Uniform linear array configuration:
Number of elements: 12
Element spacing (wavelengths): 0.25
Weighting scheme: exponential
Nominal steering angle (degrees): -60
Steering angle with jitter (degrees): -61.728
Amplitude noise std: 0.05
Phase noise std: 0.05

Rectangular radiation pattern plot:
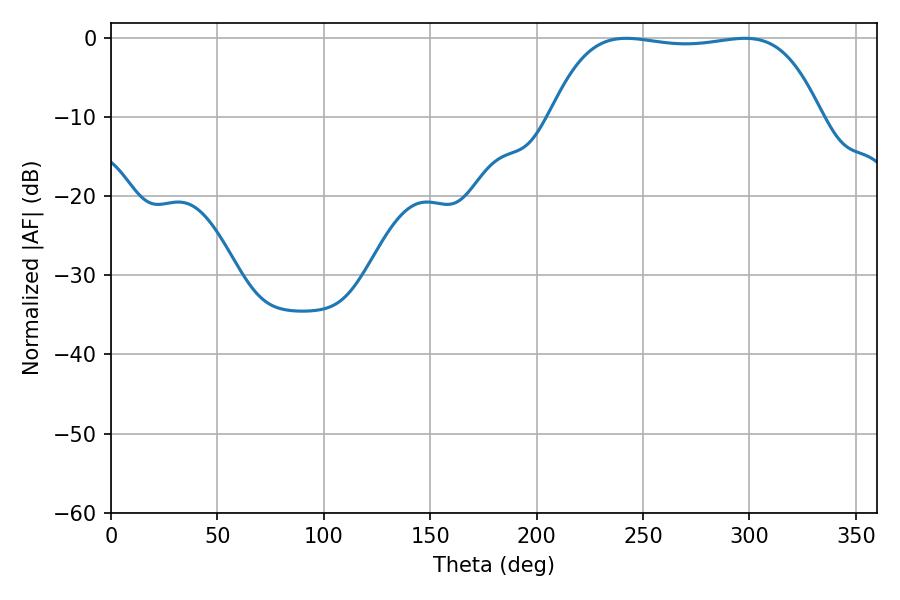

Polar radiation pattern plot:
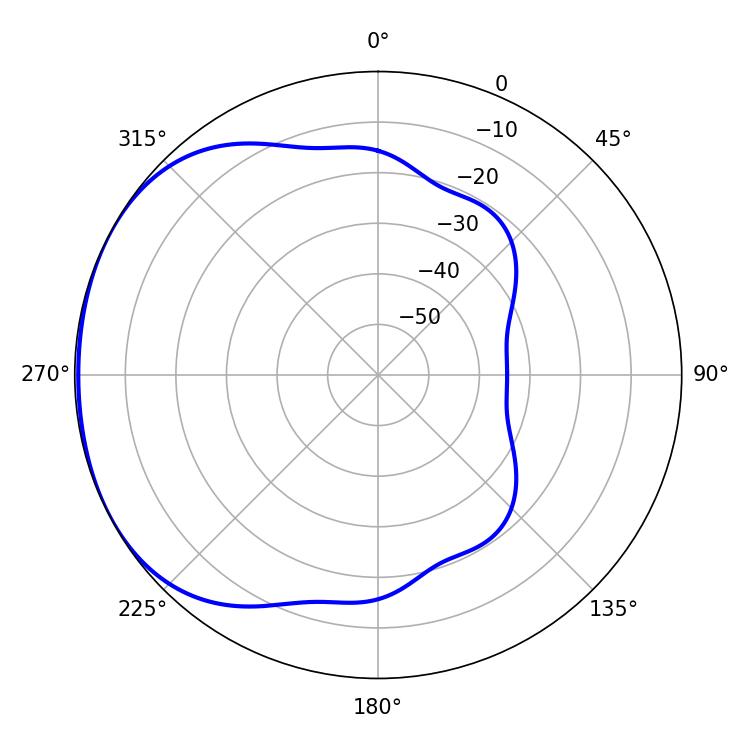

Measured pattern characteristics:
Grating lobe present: FALSE
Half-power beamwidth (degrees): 100.08
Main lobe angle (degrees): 242.1